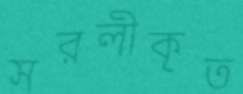
সরলীকৃত